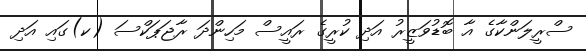
ސްރީލަންކާގެ އާ ބޮޑުވަޒީރު އަދި ކުރީގެ ރައީސް މަހިންދަ ރާޖަޕަކްސަ (ކ)ގައި އަދި